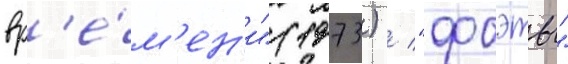
вр'е́м'ен'и" (1973) / "фаэты"